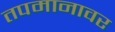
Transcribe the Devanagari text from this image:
तपमानावर